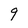
Character: 9